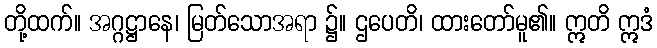
တို့ထက်။ အဂ္ဂဋ္ဌာနေ၊ မြတ်သောအရာ ၌။ ဌပေတိ၊ ထားတော်မူ၏။ ဣတိ ဣဒံ